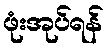
ဖုံးအုပ်ရန်